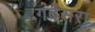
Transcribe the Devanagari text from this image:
गदेसरा